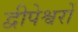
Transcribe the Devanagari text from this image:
द्वीपेश्वरों